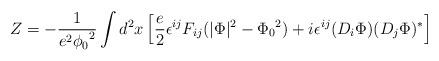
LaTeX: \begin{align*}Z = -\frac{1}{e^2{\phi_0}^2}\int d^2x\left[ \frac{e}{2}\epsilon^{ij}F_{ij}(\vert\Phi\vert^2 - {\Phi_0}^2)+ i\epsilon^{ij}(D_i\Phi)(D_j\Phi)^* \right]\end{align*}